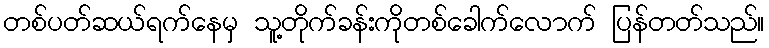
တစ်ပတ်ဆယ်ရက်နေမှ သူ့တိုက်ခန်းကိုတစ်ခေါက်လောက် ပြန်တတ်သည်။